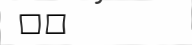
١٥